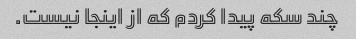
چند سکه پیدا کردم که از اینجا نیست.